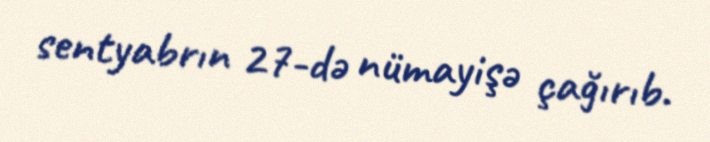
sentyabrın 27-də nümayişə çağırıb.